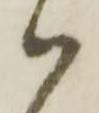
御